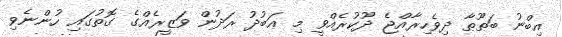
އިބްނު ބަޠޫޠާ ދިވެހިރާއްޖެ ދޫކުރެއްވީ މި ޢަބުދު ރަދުން ވަޒީރެއްގެ ގޮތުގައި ހުންނެވި